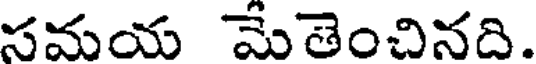
సమయ మేతెంచినది.